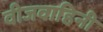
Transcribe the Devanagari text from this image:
वीजवाहिनी